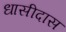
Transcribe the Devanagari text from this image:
धासीदास